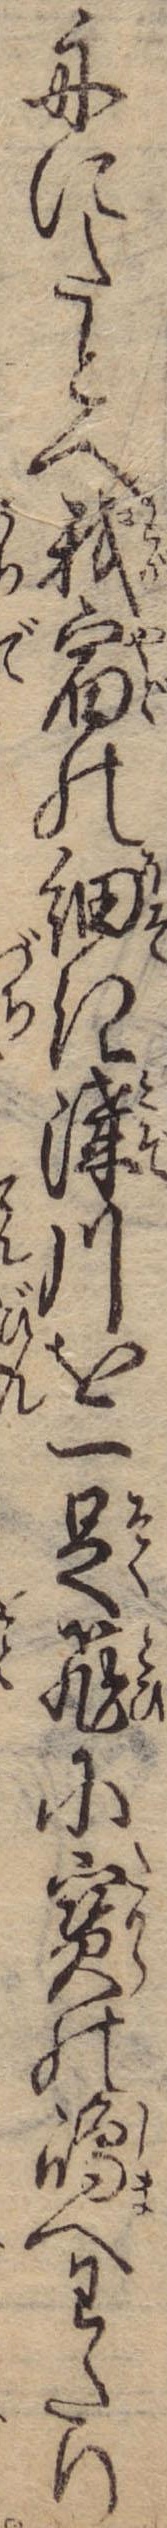
舟にたとへ我宿の細き溝川を一足飛に宝の島へわたり